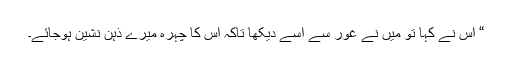
“ اس نے کہا تو میں نے غور سے اُسے دیکھا تاکہ اس کا چہرہ میرے ذہن نشین ہوجائے۔